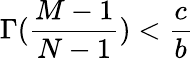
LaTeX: \Gamma(\frac{M-1}{N-1})<\frac{c}{b}